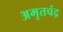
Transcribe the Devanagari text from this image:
अमृतचंद्र